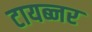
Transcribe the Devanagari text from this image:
टायब्नर